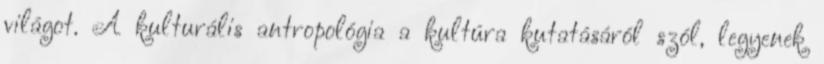
világot. A kulturális antropológia a kultúra kutatásáról szól, legyenek